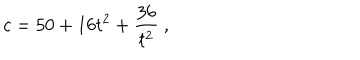
c = 5 0 + 1 6 t ^ { 2 } + { \frac { 3 6 } { t ^ { 2 } } } \ ,